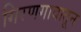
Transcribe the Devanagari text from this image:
गिरणगावातून